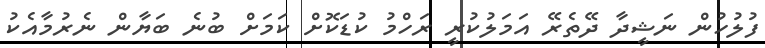
ފުލުހުން ނަޝީދާ ދޭތެރޭ އަމަލުކުރީ ރަހްމު ކުޑަކޮށް ކަމަށް ބުނެ ބަޔާން ނެރުމާއެކު